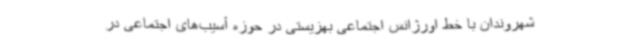
شهروندان با خط اورژانس اجتماعی بهزیستی در حوزه آسیب‌های اجتماعی در